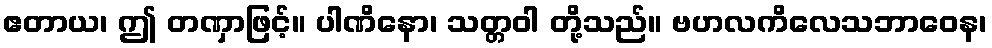
ဧတာယ၊ ဤ တဏှာဖြင့်။ ပါဏိနော၊ သတ္တဝါ တို့သည်။ ဗဟလကိလေသဘာဝေန၊